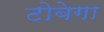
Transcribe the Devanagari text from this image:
टोबेगा